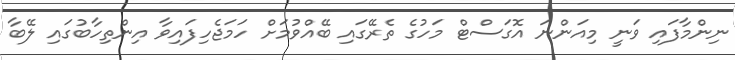
ނިންމާފައި ވަނީ މިއަންނަ އޮގަސްޓް މަހުގެ ތެރޭގައި ބޭއްވުމަށް ހަމަޖެހިފައިވާ އިންތިހާބުގައި ލޭބާ